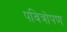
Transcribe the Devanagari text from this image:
पवित्रोपण